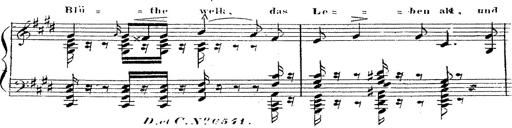
Title: 12 Lieder von Franz Schubert
Composer: Franz Liszt